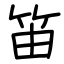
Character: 笛